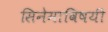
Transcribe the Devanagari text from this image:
सिनेमाविषयी